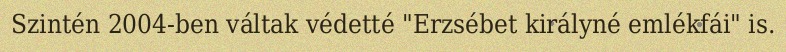
Szintén 2004-ben váltak védetté "Erzsébet királyné emlékfái" is.